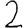
Digit: 2